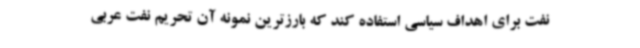
نفت برای اهداف سیاسی استفاده کند که بارزترین نمونه آن تحریم نفت عربی